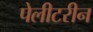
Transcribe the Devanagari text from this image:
पेलीटरीन